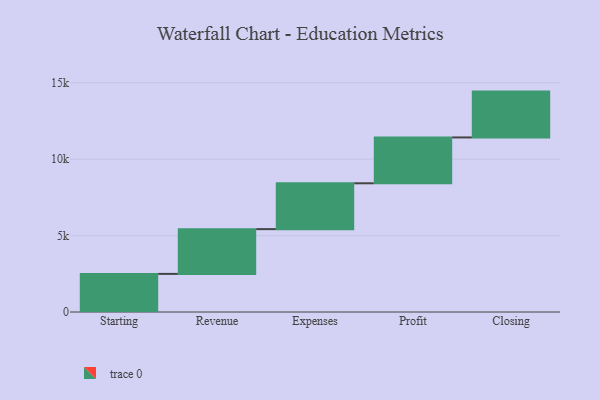
{"axis": {"x": "Step", "y": "Value"}, "legend": [""], "data": [{"x": "Starting", "y": 2493.0, "type": ""}, {"x": "Revenue", "y": 2930.0, "type": ""}, {"x": "Expenses", "y": 3000, "type": ""}, {"x": "Profit", "y": 3000, "type": ""}, {"x": "Closing", "y": 3000, "type": ""}]}